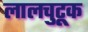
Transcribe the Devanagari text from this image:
लालचुटूक